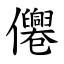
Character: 㒨